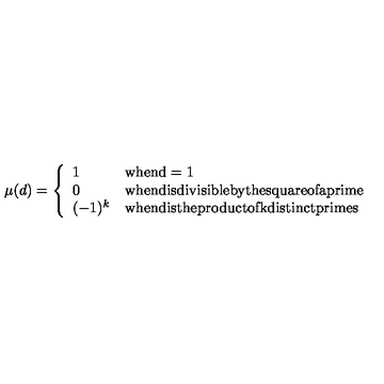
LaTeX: \mu ( d ) = \left\{ \begin{array} { l l } { 1 } & { \mathrm { w h e n d = 1 } } \\ { 0 } & { \mathrm { w h e n d i s d i v i s i b l e b y t h e s q u a r e o f a p r i m e } } \\ { ( - 1 ) ^ { k } } & { \mathrm { w h e n d i s t h e p r o d u c t o f k d i s t i n c t p r i m e s } } \\ \end{array} \right.